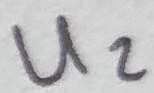
Text: U2